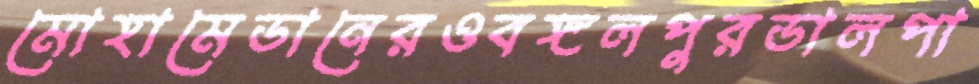
মোহামেডানেরওবঙ্গলপুরডালপা